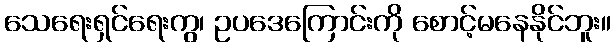
သေရေးရှင်ရေးကွ၊ ဥပဒေကြောင်းကို စောင့်မနေနိုင်ဘူး။